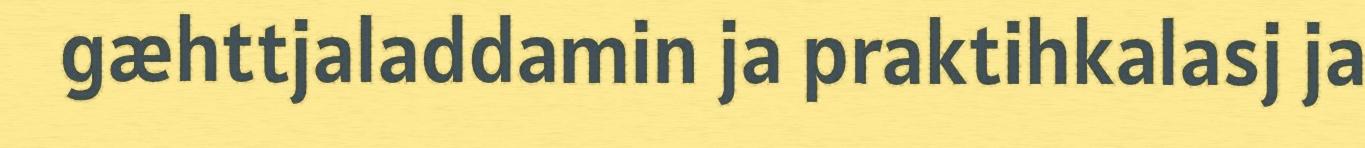
gæhttjaladdamin ja praktihkalasj ja